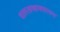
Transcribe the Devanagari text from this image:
शास्ताखानसारख्या